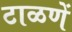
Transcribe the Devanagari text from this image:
टाळणें